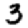
Digit: 3